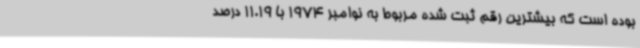
بوده است که بیشترین رقم ثبت شده مربوط به نوامبر 1974 با 11.19 درصد